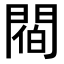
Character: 𨵁